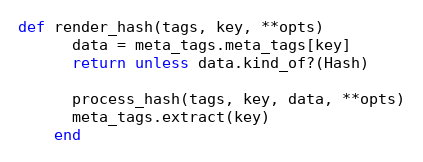
Language: Ruby
def render_hash(tags, key, **opts)
      data = meta_tags.meta_tags[key]
      return unless data.kind_of?(Hash)

      process_hash(tags, key, data, **opts)
      meta_tags.extract(key)
    end